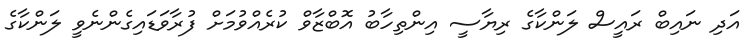
އަދި ނައިބް ރައީސް ލަންކާގެ ރިޔާސީ އިންތިހާބު އޮބްޒާވް ކުރެއްވުމަށް ފުރާވަޑައިގެންނެވީ ލަންކާގެ